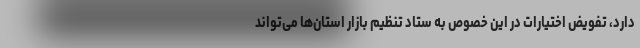
دارد، تفویض اختیارات در این خصوص به ستاد تنظیم بازار استان‌ها می‌تواند